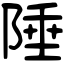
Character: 陲